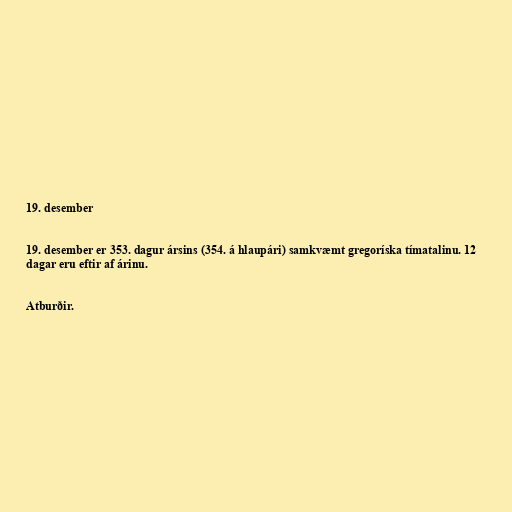
19. desember

19. desember er 353. dagur ársins (354. á hlaupári) samkvæmt gregoríska tímatalinu. 12
dagar eru eftir af árinu.

Atburðir.